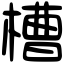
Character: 槽